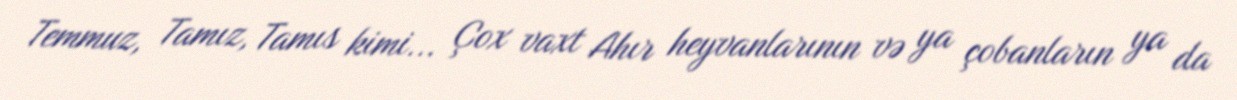
Temmuz, Tamız, Tamıs kimi... Çox vaxt Ahır heyvanlarının və ya çobanların ya da